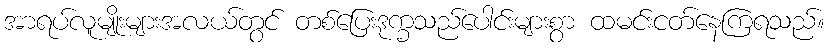
အာရပ်လူမျိုးများအလယ်တွင် တစ်ပြေးဒုက္ခသည်ပေါင်းများစွာ ထမင်းငတ်နေကြရသည်။